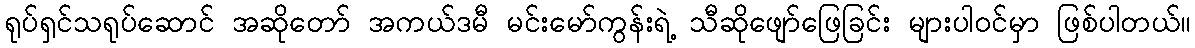
ရုပ်ရှင်သရုပ်ဆောင် အဆိုတော် အကယ်ဒမီ မင်းမော်ကွန်းရဲ့ သီဆိုဖျော်ဖြေခြင်း များပါဝင်မှာ ဖြစ်ပါတယ်။